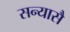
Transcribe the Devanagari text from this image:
सन्यासै